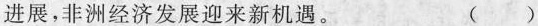
进展，非洲经济发展迎来新机遇。（）